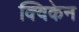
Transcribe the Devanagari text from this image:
क्विकेन